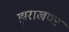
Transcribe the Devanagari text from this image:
झराखण्ड